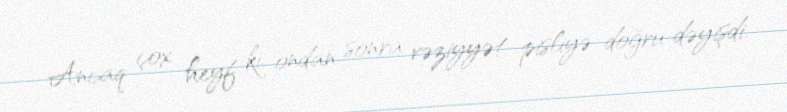
Ancaq çox heyf ki, ondan sonra vəziyyət pisliyə doğru dəyişdi.